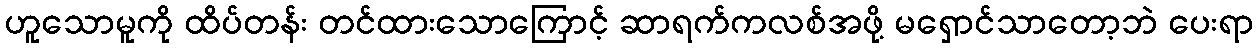
ဟူသောမူကို ထိပ်တန်း တင်ထားသောကြောင့် ဆာရက်ကလစ်အဖို့ မရှောင်သာတော့ဘဲ ပေးရာ